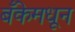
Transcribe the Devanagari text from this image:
बँकेमधून